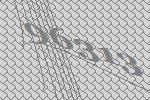
96313